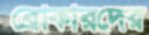
ব্রোকারদের